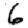
Digit: 6